Tezpur Lunatic Asylum reports 1877-1894 - 1877-1894
Year: 1877
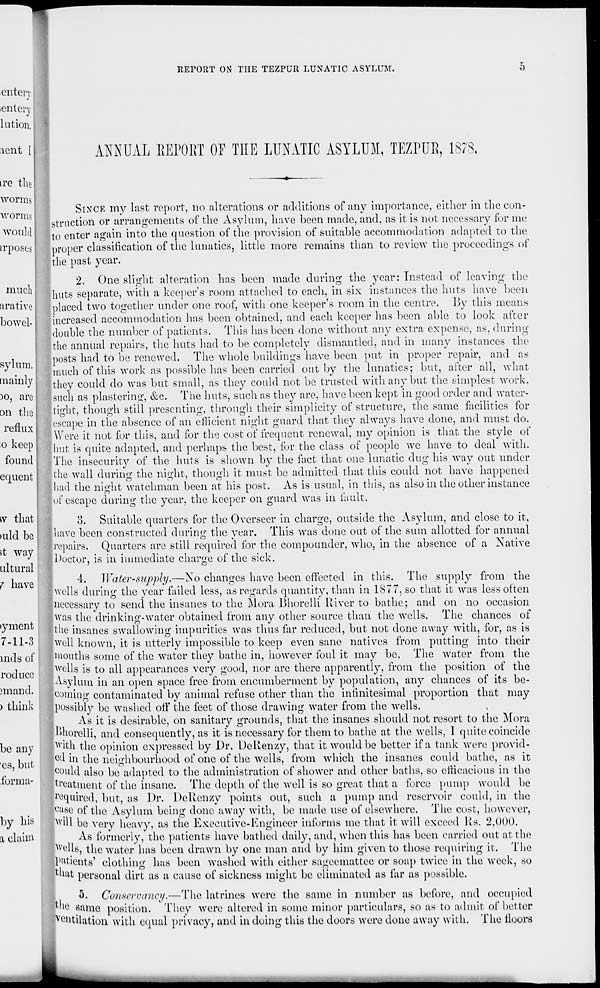
REPORT ON THE TEZPUR LUNATIC ASYLUM.
ANNUAL BEPOBT OF THE LUNATIC ASYLUM, TEZPUR, 1878,
SINCE my last report, no alterations or additions of any importance, either in the con-
struction or arrangements of the Asylum, have been made, and, as it is not necessary for me
to enter again into the question of the provision of suitable accommodation adapted to the
proper classification of the lunatics, little more remains than to review the proceedings of
the past year.
2. One slight alteration has been made during the year: Instead of leaving the
huts separate, with a keeper's room attached to each, in six instances the huts have been
placed two together under one roof, with one keeper's room in the centre. By this means
increased accommodation has been obtained, and each keeper has been able to look after
double the number of patients. This has been done without any extra expense, as, during
the annual repairs, the huts had to be completely dismantled, and in many instances the
posts had to be renewed. The whole buildings have been put in proper repair, and as
Imuch of this work as possible has been carried out by the lunatics; but, after all, what
they could do was but small, as they could not be trusted with any but the simplest work,
such as plastering, &c. The huts, such as they are, have been kept in good order and water-
tight, though still presenting, through their simplicity of structure, the same facilities for
;escape in the absence of an efficient night guard that they alwa) T s have done, and must do.
Were it not for this, and for the cost of frequent renewal, my opinion is that the style of
hut is quite adapted, and perhaps the best, for the class of people we have to deal with.
The insecurity of the huts is shown by the fact that one lunatic dug his way out under
the wall during the night, though it must be admitted that this could not have happened
had the night watchman been at his post. As is usual, in this, as also in the other instance
of escape during the 3 r ear, the keeper on guard was in fault.
3. Suitable quarters for the Overseer in charge, outside the Asylum, and close to it,
jhave been constructed during the year. This was done out of the sum allotted for annual
repairs. Quarters are still required for the compounder, who, in the absence of a Native
l)octor, is in immediate charge of the sick.
4. Water-supply.—No changes have been effected in this. The supply from the
[wells during the year failed less, as regards quantity, than in 1877, so that it was less often
[necessary to send the insanes to the Mora Bhorelli River to bathe; and on no occasion
was the drinking-water obtained from any other source than the wells. The chances of
the insanes swallowing impurities was thus far reduced, but not done away with, for, as is
well known, it is utterly impossible to keep even sane natives from putting into their
mouths some of the water they bathe in, however foul it may be. The water from the
wells is to all appearances very good, nor are there apparently, from the position of the
Asylum in an open space free from encumberment by population, any chances of its be-
coming contaminated by animal refuse other than the infinitesimal proportion that may
: possibly be washed off the feet of those drawing water from the wells.
,
As it is desirable, on sanitary grounds, that the insanes should not resort to the Mora
I).
'
Jo
I
tmorelli, and consequently, as it is necessary for them to bathe at the wells, 1 quite coincide
With the opinion expressed by Dr. DeRenzy, that it would be better if a tank were provid-
ed in the neighbourhood of one of the wells, from which the insanes could bathe, as it
could also be adapted to the administration of shower and other baths, so efficacious in the
treatment of the insane. The depth of the well is so great that a force pump would be
Squired, but, as Dr. DeRenzy points out, such a pump and reservoir could, in the
°ase of the Asylum being done away with, be made use of elsewhere. The cost, however,
will be very heavy, as the Executive-Engineer informs me that it will exceed Rs. 2,000.
As formerly, the patients have bathed daily, and, when this has been carried out at the
Wells, the water has been drawn by one man and by him given to those requiring it. The
patients' clothing has been washed with either sageemattee or soap twice in the week, so
that personal dirt as a cause of sickness might be eliminated as far as possible.
5. Conservancy,—The latrines were the same in number as before, and occupied
L - l e same position. They were altered in some minor particulars, so as to admit of better
,eil tilation with equal privacy, and in doing this the doors were done away with. The floors